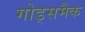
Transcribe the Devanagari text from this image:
गोड्समैक